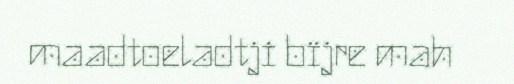
maadtoeladtji bïjre mah